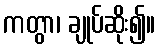
ကတွာ၊ ချုပ်ဆိုး၍။